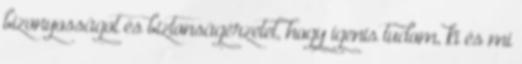
bizonyosságot és biztonságérzetet, hogy igenis tudom, ki és mi